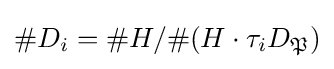
\#D_{i}=\#H/\#(H\cdot \tau _{i}D_{\mathfrak {P}})